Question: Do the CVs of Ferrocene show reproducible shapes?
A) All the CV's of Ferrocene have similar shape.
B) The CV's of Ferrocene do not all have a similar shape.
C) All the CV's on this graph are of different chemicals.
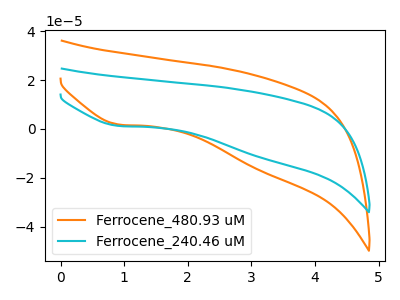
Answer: <think>The orange curve "Ferrocene_480.93 uM" has a cathodic peak at: (0.90V, 1.80uA). The cyan curve "Ferrocene_240.46 uM" has a cathodic peak at: (0.90V, 1.20uA).
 All the peaks in "Ferrocene_480.93 uM" have a peak in "Ferrocene_240.46 uM" at the same potential. Every peak in "Ferrocene_480.93 uM" is lower than every peak in "Ferrocene_240.46 uM".</think>
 <answer>A) All the CV's of "Ferrocene" have similar shape.</answer>
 <eval>A</eval>